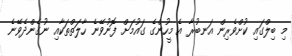
މި ބިލްގައި ކުށްވެރިން އަނބުރާ އެ މީހުންގެ ގައުމަށް ފޮނުވޭނެ ހާލަތްތަކާއި ނުގެންދެވޭނެ